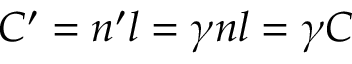
C ^ { \prime } = n ^ { \prime } l = \gamma n l = \gamma C